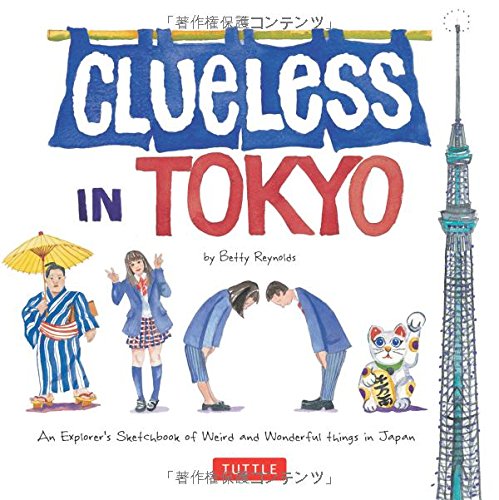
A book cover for Clueless in Tokyo: An Explorer's Sketchbook of Weird and Wonderful Things in Japan; Betty Reynolds; Travel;